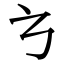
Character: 𭚥